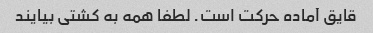
قایق آماده حرکت است. لطفا همه به کشتی بیایند